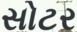
સોટર